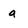
Character: a